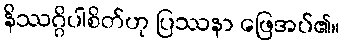
နိဿဂ္ဂိပါစိတ်ဟု ပြဿနာ ဖြေအပ်၏။